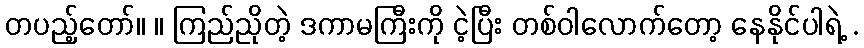
တပည့်တော်။ ။ ကြည်ညိုတဲ့ ဒကာမကြီးကို ငဲ့ပြီး တစ်ဝါလောက်တော့ နေနိုင်ပါရဲ့ .